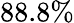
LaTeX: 88.8\%